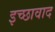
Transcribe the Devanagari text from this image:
इच्छावाद